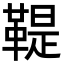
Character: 鞮